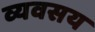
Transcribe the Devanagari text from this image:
व्यवसय